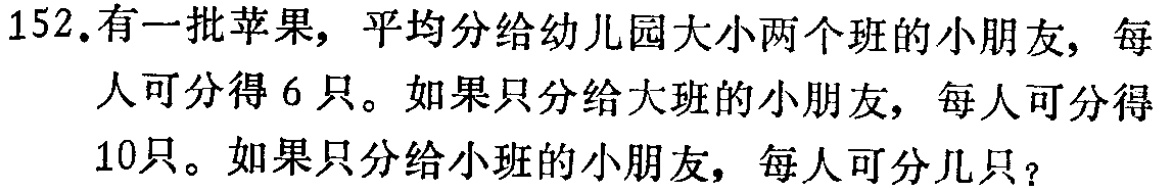
152.有一批苹果，平均分给幼儿园大小两个班的小朋友，每人可分得6只。如果只分给大班的小朋友，每人可分得10只。如果只分给小班的小朋友，每人可分几只？